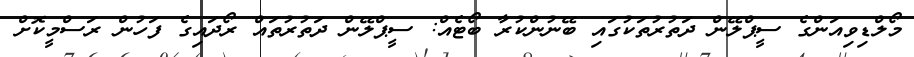
މޯލްޑިވިއަންގެ ސީޕްލޭން ދަތުރުތަކުގައި ބޭނުންކުރާ ބޯޓެއް: ސީޕްލޭން ދަތުރުތައް ރޯދައިގެ ފަހުން ރަސްމީކޮށް